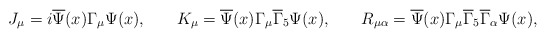
\begin{align*}J_\mu =i\overline{\Psi }(x)\Gamma _\mu \Psi (x) ,\hspace{0.3in}K_\mu = \overline{\Psi }(x)\Gamma _\mu\overline{\Gamma }_5\Psi (x) ,\hspace{0.3in} R_{\mu \alpha}=\overline{\Psi }(x)\Gamma _\mu \overline{\Gamma }_5\overline{\Gamma }_\alpha \Psi (x) ,\end{align*}